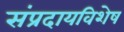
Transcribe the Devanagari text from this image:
संप्रदायविशेष